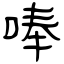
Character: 唪